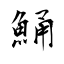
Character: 鯒